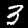
Digit: 3